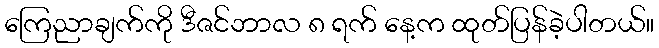
ကြေညာချက်ကို ဒီဇင်ဘာလ ၈ ရက် နေ့က ထုတ်ပြန်ခဲ့ပါတယ်။